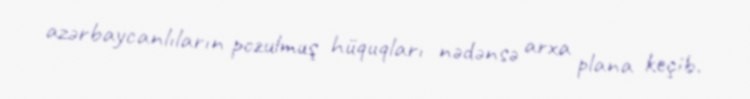
azərbaycanlıların pozulmuş hüquqları nədənsə arxa plana keçib.